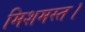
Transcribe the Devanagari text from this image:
मिशमस्त।